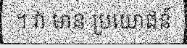
។ វា មាន ប្រយោជន៍